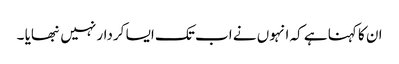
ان کا کہنا ہے کہ انہوں نے اب تک ایسا کردار نہیں نبھایا ۔